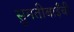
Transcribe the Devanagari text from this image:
सुमतीबाईंची